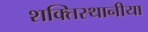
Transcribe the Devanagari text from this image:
शक्तिस्थानीया